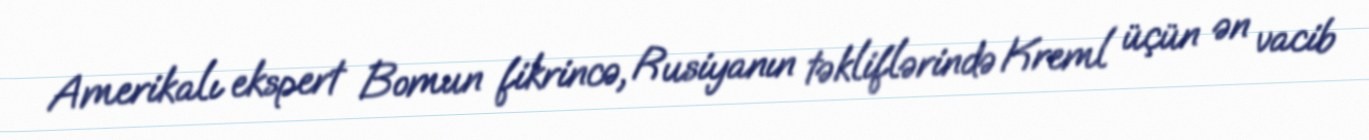
Amerikalı ekspert Bomun fikrincə, Rusiyanın təkliflərində Kreml üçün ən vacib